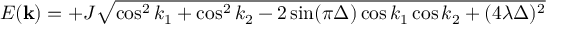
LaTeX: E ( { \bf k } ) = + J \sqrt { \cos ^ { 2 } k _ { 1 } + \cos ^ { 2 } k _ { 2 } - 2 \sin ( \pi \Delta ) \cos k _ { 1 } \cos k _ { 2 } + ( 4 \lambda \Delta ) ^ { 2 } }